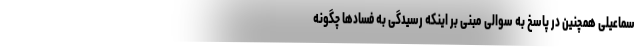
سماعیلی همچنین در پاسخ به سوالی مبنی بر اینکه رسیدگی به فسادها چگونه